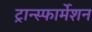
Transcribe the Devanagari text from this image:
ट्रान्स्फार्मेशन